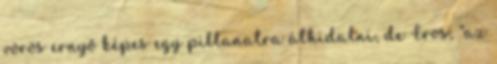
vörös ernyő képes egy pillanatra áthidalni, de Eros, "az